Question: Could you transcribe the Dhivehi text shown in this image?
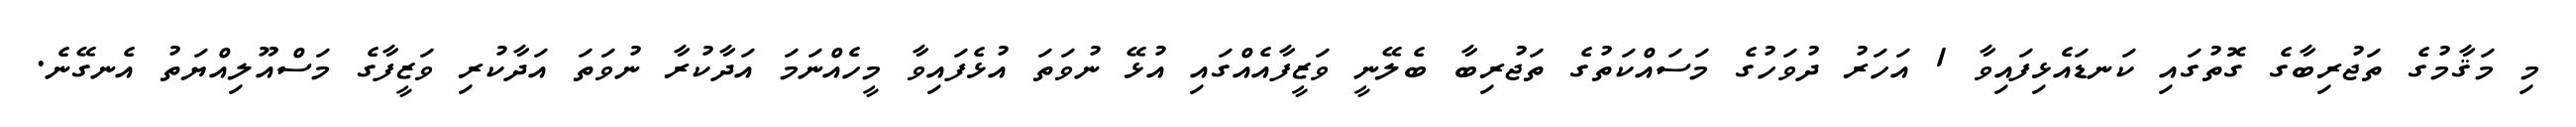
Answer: މި މަޤާމުގެ ތަޖުރިބާގެ ގޮތުގައި ކަނޑައެޅިފައިވާ 1 އަހަރު ދުވަހުގެ މަސައްކަތުގެ ތަޖުރިބާ ބެލޭނީ ވަޒީފާއެއްގައި އުޅޭ ނުވަތަ އުޅެފައިވާ މީހެއްނަމަ އަދާކުރާ ނުވަތަ އަދާކުރި ވަޒީފާގެ މަސްއޫލިއްޔަތު އެނގޭނެ.